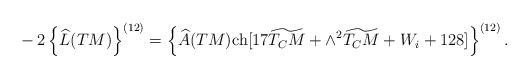
LaTeX: \begin{align*}&-2\left\{\widehat{L}(TM)\right\}^{(12)}=\left\{\widehat{A}(TM){\rm ch}[17\widetilde{T_CM}+\wedge^2\widetilde{T_CM}+W_i+128]\right\}^{(12)}.\end{align*}